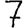
Digit: 7